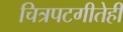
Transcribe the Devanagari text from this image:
चित्रपटगीतेही